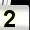
Digit: 2